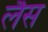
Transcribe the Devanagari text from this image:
लेैस